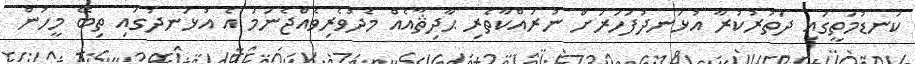
ކަނޑުމަތީގައި ދަތުރުކުރާ އުޅަނދުފަހަރަށް ނުރައްކާތެރި ޙާދިޘާއެއް މެދުވެރިވެއްޖެނަމަ އެ އުޅަނދުގައި ތިބޭ މީހުން